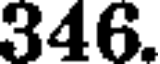
346.